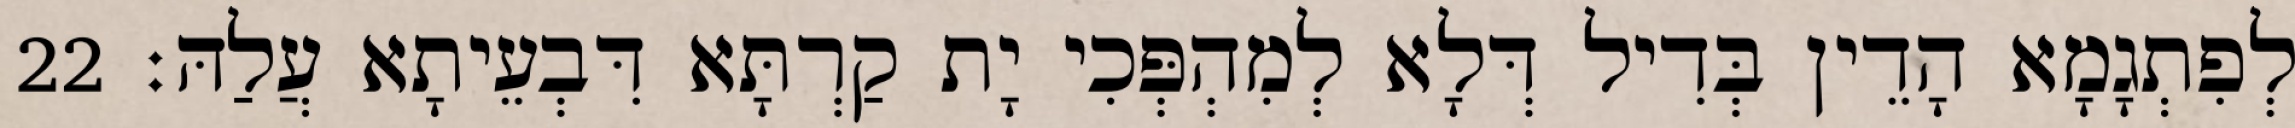
לְפִתְגָמָא הָדֵין בְּדִיל דְּלָא לְמִהְפְּכִי יָת קַרְתָּא דִּבְעֵיתָא עֲלַהּ׃ 22